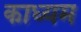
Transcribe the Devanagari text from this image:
काध्यम